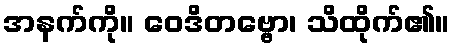
အနက်ကို။ ဝေဒိတဗ္ဗော၊ သိထိုက်၏။